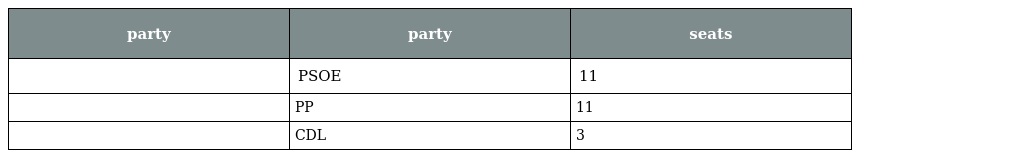
| party | party | seats |
 | --- | --- | --- |
 |  | PSOE | 11 |
 |  | PP | 11 |
 |  | CDL | 3 |